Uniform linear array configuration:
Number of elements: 4
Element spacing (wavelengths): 0.25
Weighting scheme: kaiser
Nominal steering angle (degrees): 0
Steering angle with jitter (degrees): -1.209
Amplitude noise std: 0.05
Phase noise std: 0.05

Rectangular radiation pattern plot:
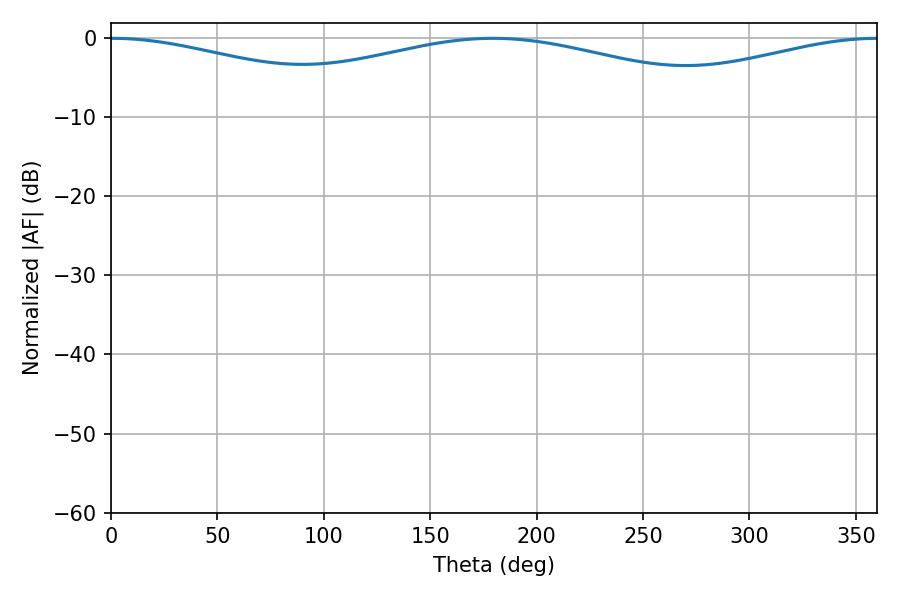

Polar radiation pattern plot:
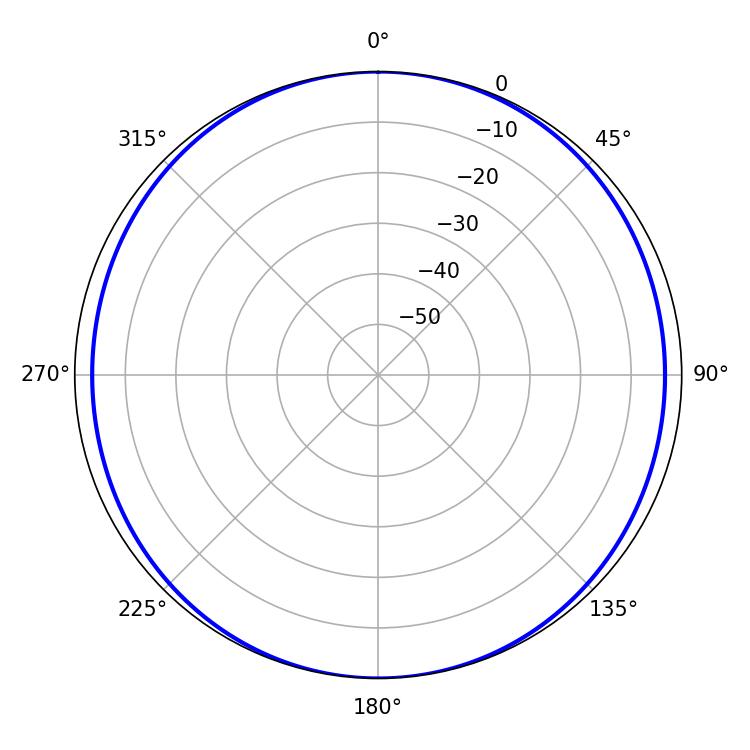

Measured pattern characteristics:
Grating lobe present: FALSE
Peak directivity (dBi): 18.511
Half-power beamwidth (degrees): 73.44
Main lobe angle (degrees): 0.54